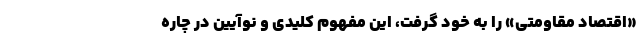
«اقتصاد مقاومتی» را به خود گرفت، این مفهوم کلیدی و نوآیین در چاره